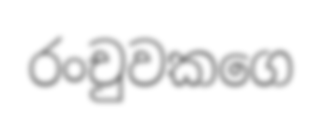
රංචුවකගෙ